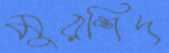
মুরশিদ